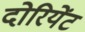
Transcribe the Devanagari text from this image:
दोरियेंट